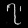
Digit: ၇